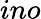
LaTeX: ino